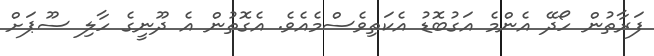
ފަރާތުން ހޯދޭ އެންމެ އަގުބޮޑު އެކަތިވެސްމެއެވެ. އެގޮތުން އެ ދޫނީގެ ހާލި ސޫޕަށް